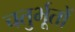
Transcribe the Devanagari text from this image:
चतुर्भूतों